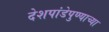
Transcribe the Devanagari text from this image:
देशपांडेपुण्याच्या